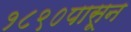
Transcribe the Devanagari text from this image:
१८९०पासून